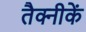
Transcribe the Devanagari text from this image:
तैक्नीकें